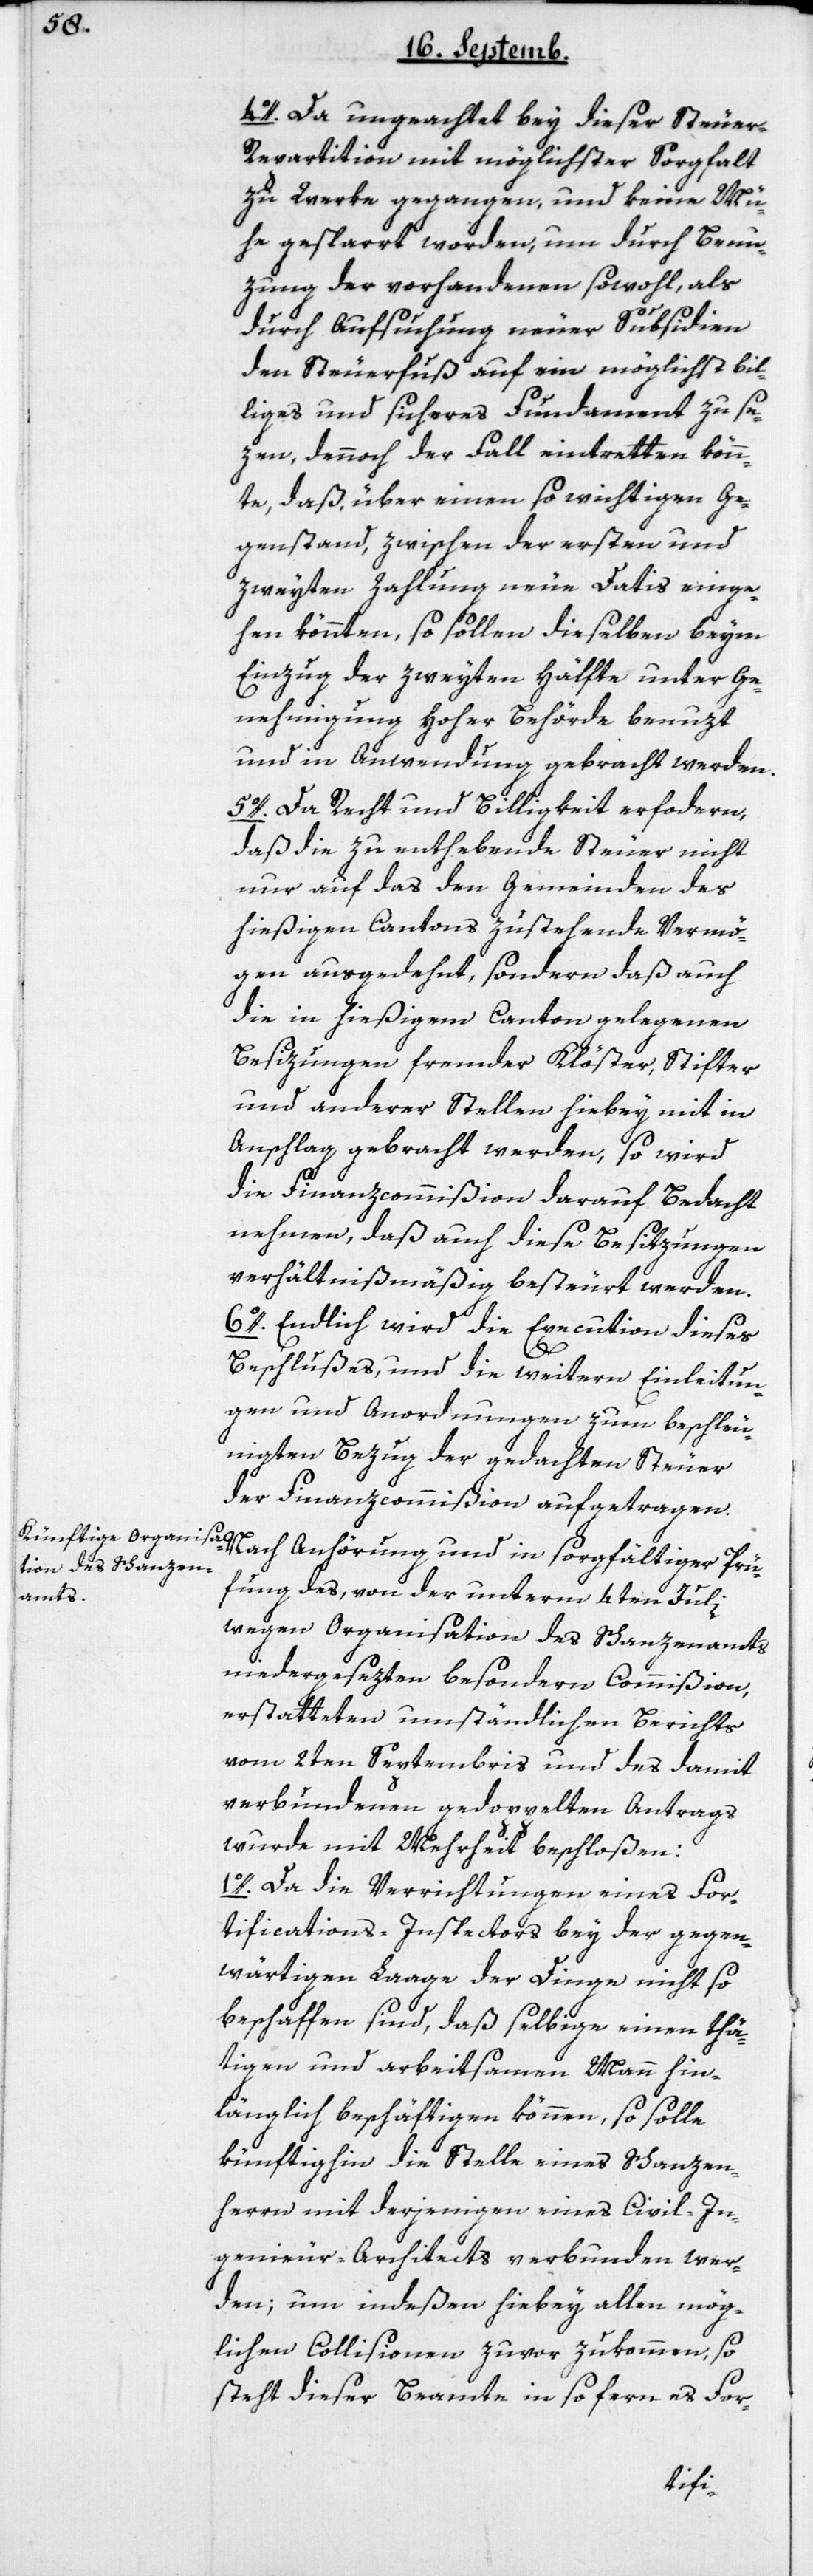
4o. Da ungeachtet bey dieser Steue¬
r-Repartition mit möglichster Sorgfalt
zu Werke gegangen und keine Mü¬
he gesparrt worden, um durch Benu¬
zung der vorhandenen sowohl als
durch Aufsuchung neuer Subsidien
den Steuerfuß auf ein möglichst bil¬
liges und sicheres Fundament zu se¬
zen, dennoch der Fall eintretten könn¬
te, daß, über einen so wichtigen Ge¬
genstand, zwischen der ersten und
zweyten Zahlung neue Datis einge¬
hen könnten, so sollen dieselben beym
Einzug der zweyten Hälfte unter Ge¬
nehmigung hoher Behörde benuzt
und in Anwendung gebracht werden.
5o. Da Recht und Billigkeit erfordern,
daß die zu enthebende Steuer nicht
nur auf das den Gemeinden des
hießigen Cantons zustehende Vermö¬
gen ausgedehnt, sondern daß auch
die in hießigem Canton gelegenen
Besizungen fremder Klöster, Stifter
und anderer Stellen hiebey mit in
Anschlag gebracht werden, so wird
die Finanzcommißion darauf Bedacht
nehmen, daß auch diese Besitzungen
verhältnismäßig besteurt werden.
6o. Endlich wir die Execution dieses
Beschlußes, und die weitern Einleitun¬
gen und Anordnungen zum beschleu¬
nigten Bezug der gedachten Steuer
der Finanzcommißion aufgetragen.
Nach Anhörung und in sorgfältiger Prüf¬
fung des, von der unterm 4ten Juli
wegen Organisation des Schanzenamts
niedergesezten besondern Commißion,
erstatteten umständlichen Berichts
vom 2ten Septembris und des damit
verbundenen gedoppelten Antrags
wurde mit Mehrheit beschloßen:
1o. Da die Verrichtungen eines For¬
tifications-Inspectors bey der gegen¬
wärtigen Laage der Dinge nicht so
beschaffen sind, daß selbige einen thä¬
tigen und arbeitsamen Mann hin¬
länglich beschäftigen können, so solle
künftighin die Stelle eines Schanzen¬
herrn mit derjenigen eines Civil-In¬
genieur-Architects verbunden wer¬
den; um indeßen hiebey allen mög¬
lichen Collisionen zuvor zukommen, so
steht dieser Beamte insofern es For-